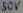
Text: 50V